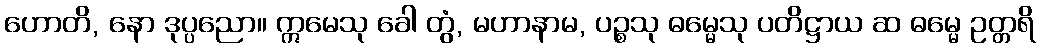
ဟောတိ, နော ဒုပ္ပညော။ ဣမေသု ခေါ တွံ, မဟာနာမ, ပဉ္စသု ဓမ္မေသု ပတိဋ္ဌာယ ဆ ဓမ္မေ ဥတ္တရိ